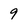
Character: 9